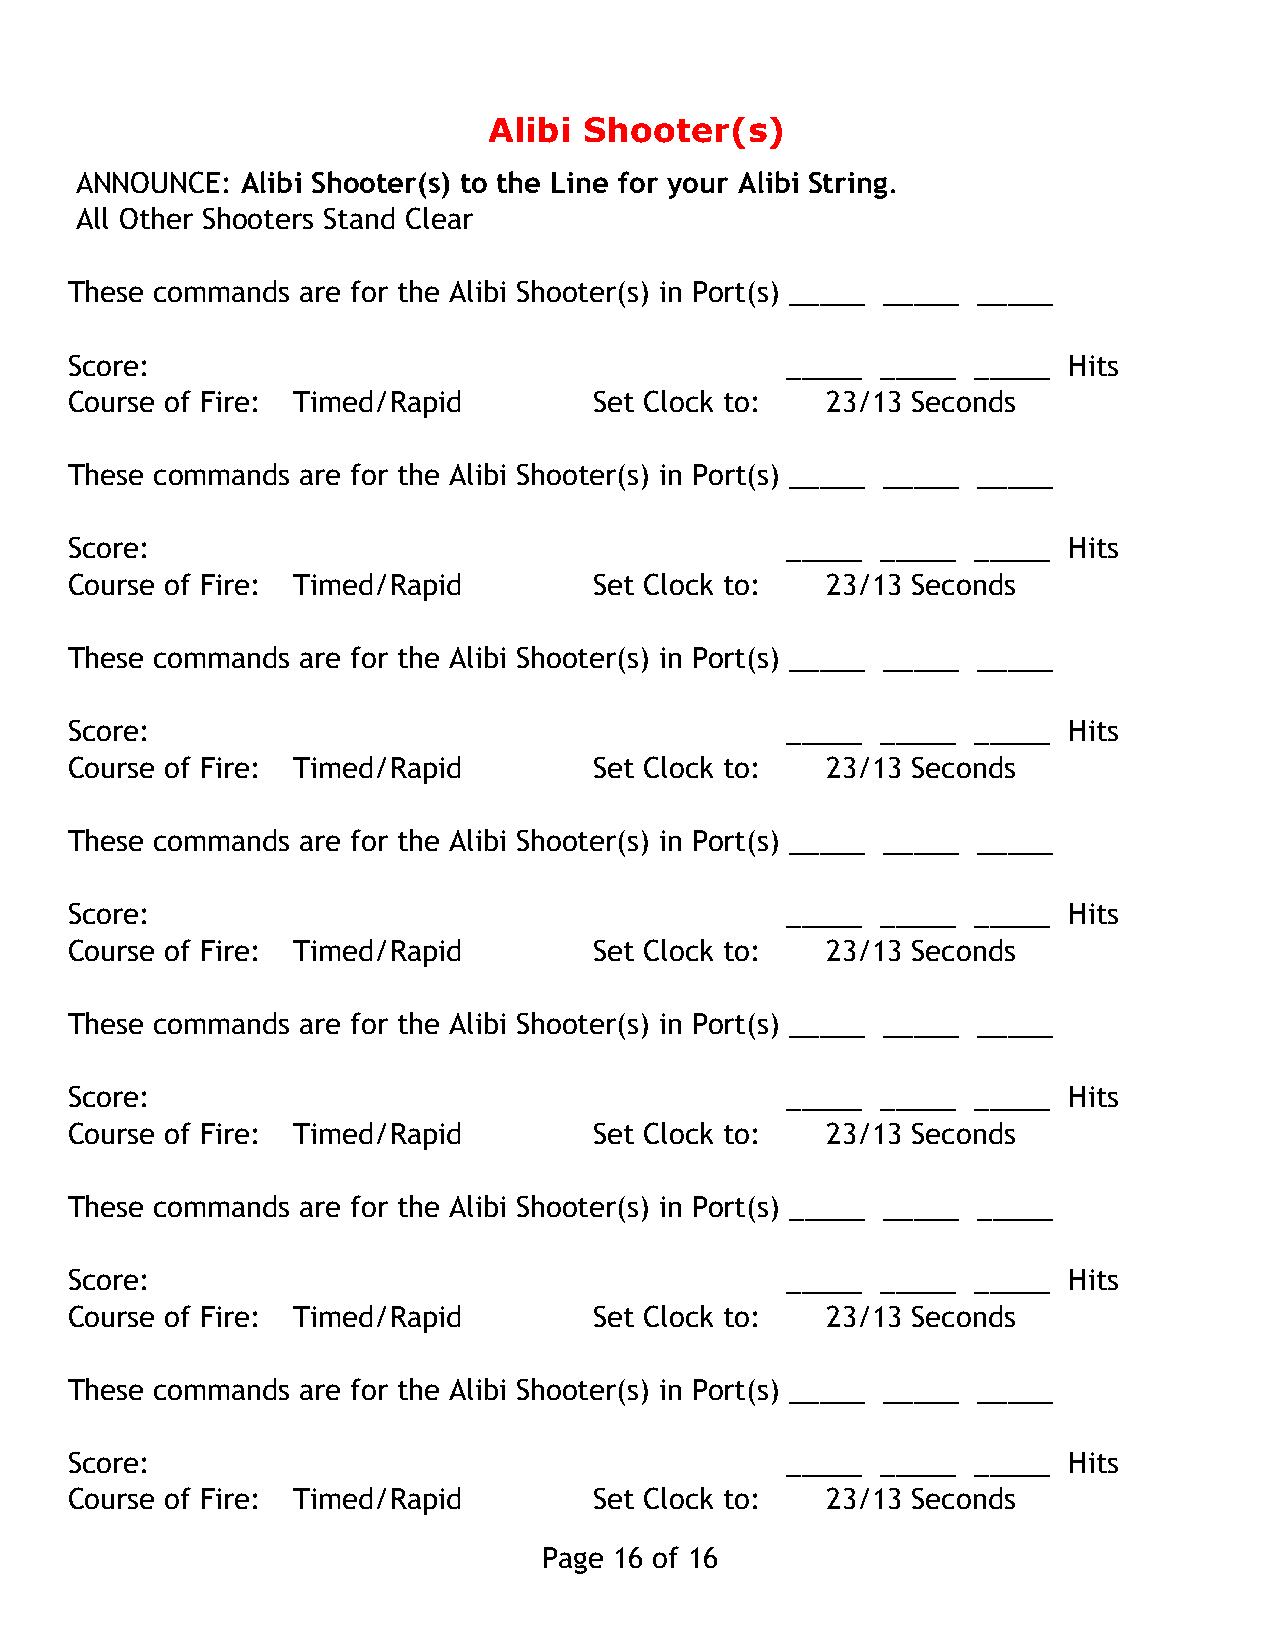
Alibi  Shooter(s)
 ANNOUNCE:  Alibi Shooter(s) to the Line for your Alibi String.
 All Other Shooters Stand Clear
 These commands  are for the Alibi Shooter(s) in Port(s) _____ _____ _____
 Score:                                          _____ _____  _____ Hits
 Course of Fire: Timed/Rapid        Set Clock to:   23/13 Seconds
 These commands  are for the Alibi Shooter(s) in Port(s) _____ _____ _____
 Score:                                          _____ _____  _____ Hits
 Course of Fire: Timed/Rapid        Set Clock to:   23/13 Seconds
 These commands  are for the Alibi Shooter(s) in Port(s) _____ _____ _____
 Score:                                          _____ _____  _____ Hits
 Course of Fire: Timed/Rapid        Set Clock to:   23/13 Seconds
 These commands  are for the Alibi Shooter(s) in Port(s) _____ _____ _____
 Score:                                          _____ _____  _____ Hits
 Course of Fire: Timed/Rapid        Set Clock to:   23/13 Seconds
 These commands  are for the Alibi Shooter(s) in Port(s) _____ _____ _____
 Score:                                          _____ _____  _____ Hits
 Course of Fire: Timed/Rapid        Set Clock to:   23/13 Seconds
 These commands  are for the Alibi Shooter(s) in Port(s) _____ _____ _____
 Score:                                          _____ _____  _____ Hits
 Course of Fire: Timed/Rapid        Set Clock to:   23/13 Seconds
 These commands  are for the Alibi Shooter(s) in Port(s) _____ _____ _____
 Score:                                          _____ _____  _____ Hits
 Course of Fire: Timed/Rapid        Set Clock to:   23/13 Seconds
 Page 16 of 16